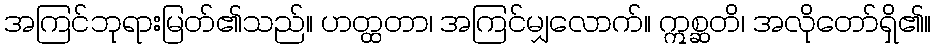
အကြင်ဘုရားမြတ်၏သည်။ ဟတ္ထတာ၊ အကြင်မျှလောက်။ ဣစ္ဆတိ၊ အလိုတော်ရှိ၏။